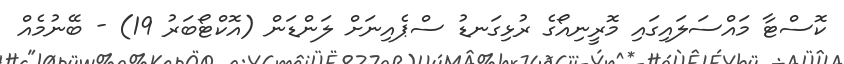
ކޮސްޓާ މައްސަލައިގައި މޮރީނިއޯގެ ރުޅިގަނޑު ސްޕެއިނަށް ލަންޑަން (އޮކްޓޯބަރު 19) - ބޭނުމެއް